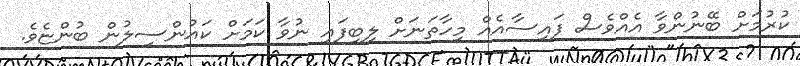
ކުރުމަށް ބޭނުންވާ އެއްވެސް ފައިސާއެއް މިހާތަނަށް ލިބިފައި ނުވާ ކަމަށް ކައުންސިލުން ބުންޏެވެ.